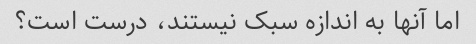
اما آنها به اندازه سبک نیستند، درست است؟